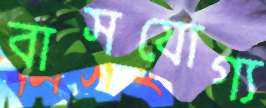
বাসযোগ্য